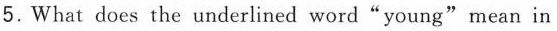
5.What does the underlined word"young"mean in